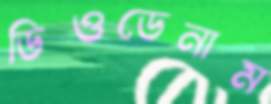
ডিওডেনাম